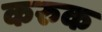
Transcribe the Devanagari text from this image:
करुक